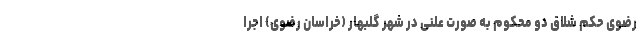
رضوی حکم شلاق دو محکوم به صورت علنی در شهر گلبهار (خراسان رضوی) اجرا